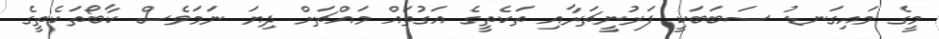
މީގެ މައިގަނޑު ސަބަބަކީ ފަރުނީޗަރާއި ތަކެތީގެ އަގުތައް މައްޗަށް ދިޔަ ނަމަވެސް ކާބޯތަކެތީގެ